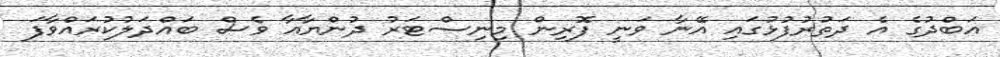
އަބްދުގެ އެ ދަތުރުފުޅުގައި އޭނާ ވަނީ ފޮރިން މިނިސްޓަރު ދުންޔާއާ ވެސް ބައްދަލުކުރައްވާފަ